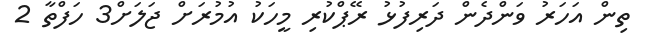
ތިން އަހަރު ވަންދެން ދަރިފުޅު ރޭޕްކުރި މީހަކު އުމުރަށް ޖަލަށް3 ހަފްތާ 2